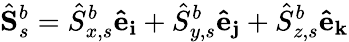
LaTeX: \hat{\mathbf{S}}_{s}^{b}=\hat{S}_{x,s}^{b}\mathbf{\hat{e}_{i}}+\hat{S}_{y,s}^{b}\mathbf{\hat{e}_{j}}+\hat{S}_{z,s}^{b}\mathbf{\hat{e}_{k}}